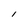
Character: 1